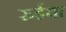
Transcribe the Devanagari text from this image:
रुईचा